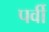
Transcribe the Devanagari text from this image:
पर्वी